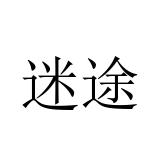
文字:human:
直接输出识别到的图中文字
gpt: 迷途